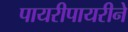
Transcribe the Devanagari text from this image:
पायरीपायरीने